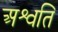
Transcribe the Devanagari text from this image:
अश्वति